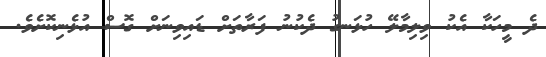
ދެ މީހަކާ އެކު ވިލިމާލޭ ހުޅަނގު ދެކުނު ފަރާތަށް ޑައިވިނަށް ގޮސް އުޅެނިކޮށެވެ.